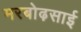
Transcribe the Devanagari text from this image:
मरबोढ़साई